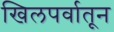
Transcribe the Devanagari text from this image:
खिलपर्वातून